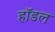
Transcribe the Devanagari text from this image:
हॉडल